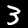
Digit: 3